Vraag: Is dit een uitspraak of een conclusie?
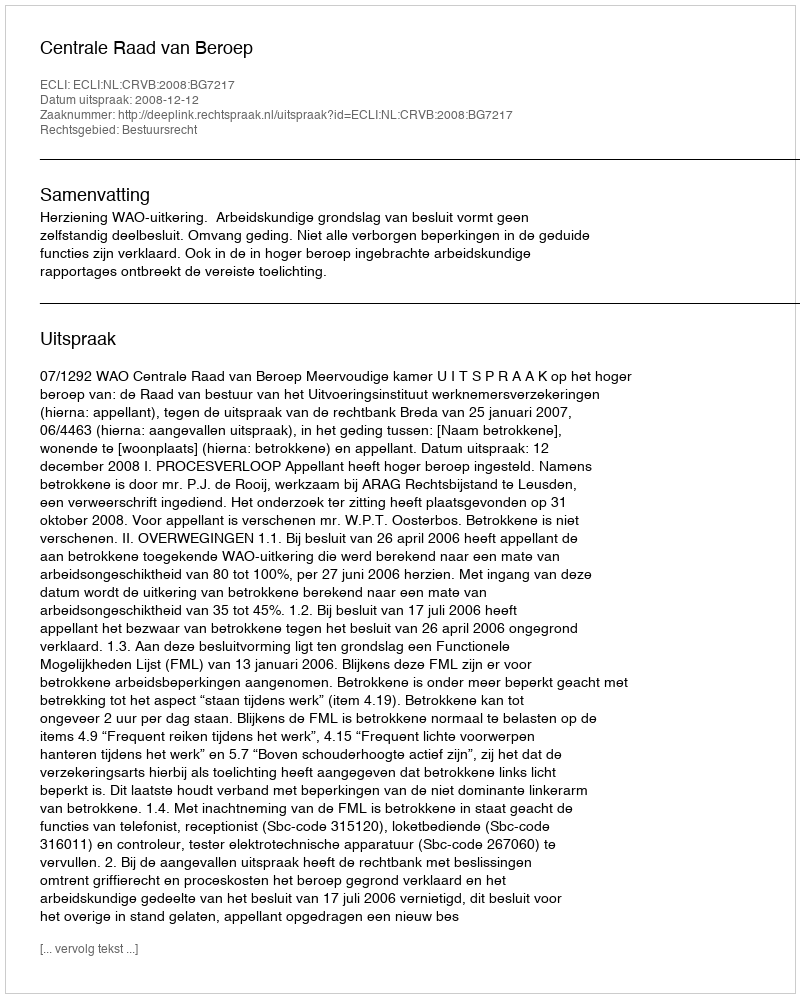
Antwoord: Uitspraak